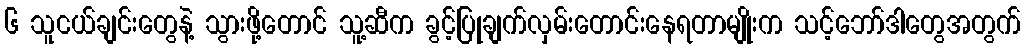
၆ သူငယ်ချင်းတွေနဲ့ သွားဖို့တောင် သူ့ဆီက ခွင့်ပြုချက်လှမ်းတောင်းနေရတာမျိုးက သင့်ဘော်ဒါတွေအတွက်